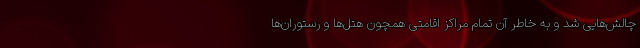
چالش‌هایی شد و به خاطر آن تمام مراکز اقامتی همچون هتل‌ها و رستوران‌ها